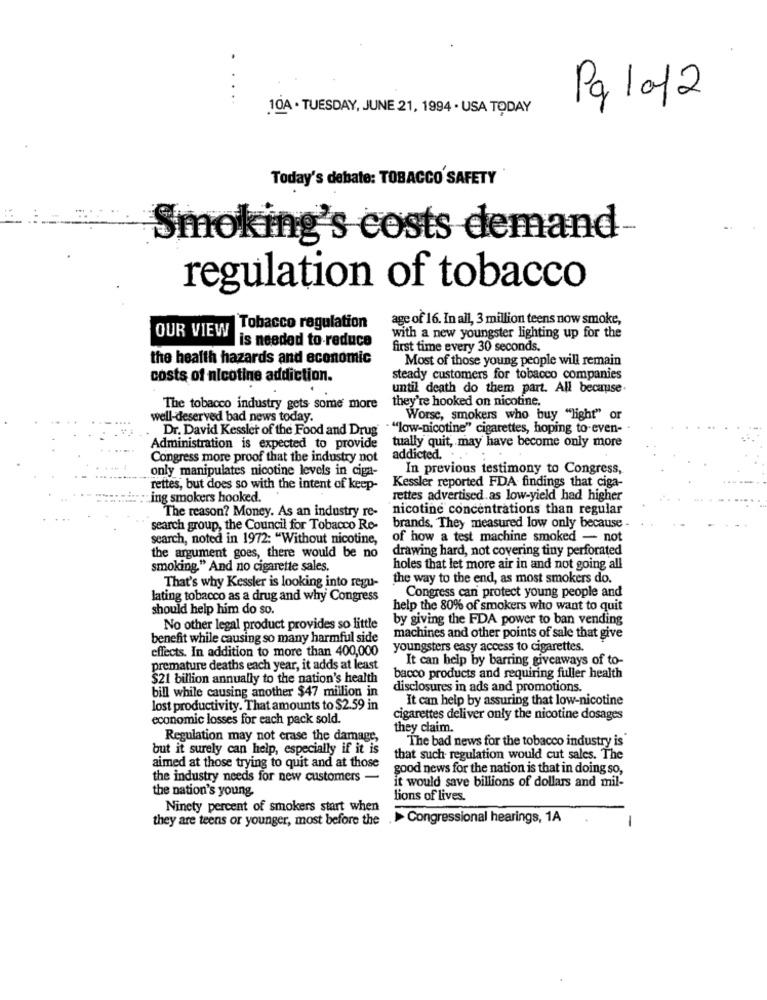
..
..
Pg 1012
10A · TUESDAY, JUNE 21, 1994 · USA TODAY
Today's debate: TOBACCO SAFETY
Smoking's costs demand
regulation of tobacco
age of 16. In all, 3 million teens now smoke,
Tobacco regulation
OUR VIEW
is needed to reduce
with a new youngster lighting up for the
first time every 30 seconds.
the health hazards and economic
Most of those young people will remain
costs of nicotine addiction.
steady customers for tobacco companies
until death do them part. All because.
they're hooked on nicotine.
The tobacco industry gets some more
well-deserved bad news today.
Worse, smokers who buy "light" or
Dr. David Kessler of the Food and Drug
" ""low-nicotine" cigarettes, hoping to-even- .
tually quit, may have become only more
Administration is expected to provide
Congress more proof that the industry not
addicted. . .
only manipulates nicotine levels in ciga-
In previous testimony to Congress,
Kessler reported FDA findings that ciga-
rettes, but does so with the intent of keep-
:ing smokers hooked.
rettes advertised.as low-yield had higher
nicotine concentrations than regular
The reason? Money. As an industry re-
search group, the Council for Tobacco Re-
brands. They measured low only because -
search, noted in 1972: "Without nicotine,
of how a test machine smoked - not
drawing hard, not covering tiny perforated
the argument goes, there would be no
smoking." And no cigarette sales.
holes that let more air in and not going all
the way to the end, as most smokers do.
That's why Kessler is looking into regu-
Congress can protect young people and
lating tobacco as a drug and why Congress
should help him do so.
help the 80% of smokers who want to quit
by giving the FDA power to ban vending
No other legal product provides so little
benefit while causing so many harmful side
machines and other points of sale that give
effects. In addition to more than 400,000
youngsters easy access to cigarettes.
It can help by barring giveaways of to-
premature deaths each year, it adds at least
$21 billion annually to the nation's health
bacco products and requiring fuller health
bill while causing another $47 million in
disclosures in ads and promotions.
It can help by assuring that low-nicotine
lost productivity. That amounts to $2.59 in
economic losses for each pack sold.
cigarettes deliver only the nicotine dosages
they claim.
Regulation may not erase the damage,
The bad news for the tobacco industry is
but it surely can help, especially if it is
that such regulation would cut sales. The
aimed at those trying to quit and at those
good news for the nation is that in doing so,
the industry needs for new customers -
it would save billions of dollars and mil-
the nation's young
lions of lives.
Ninety percent of smokers start when
they are teens or younger, most before the
.> Congressional hearings, 1A
-